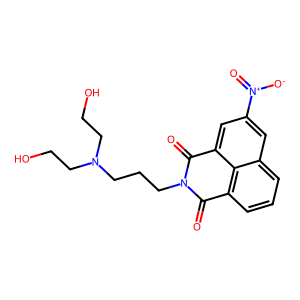
SMILES: O=C1c2cccc3cc([N+](=O)[O-])cc(c23)C(=O)N1CCCN(CCO)CCO
Inhibits HIV replication: No